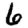
Digit: 6